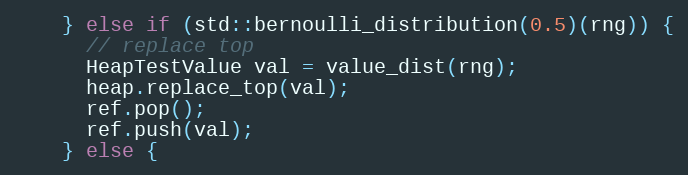
Language: C++
    } else if (std::bernoulli_distribution(0.5)(rng)) {
      // replace top
      HeapTestValue val = value_dist(rng);
      heap.replace_top(val);
      ref.pop();
      ref.push(val);
    } else {